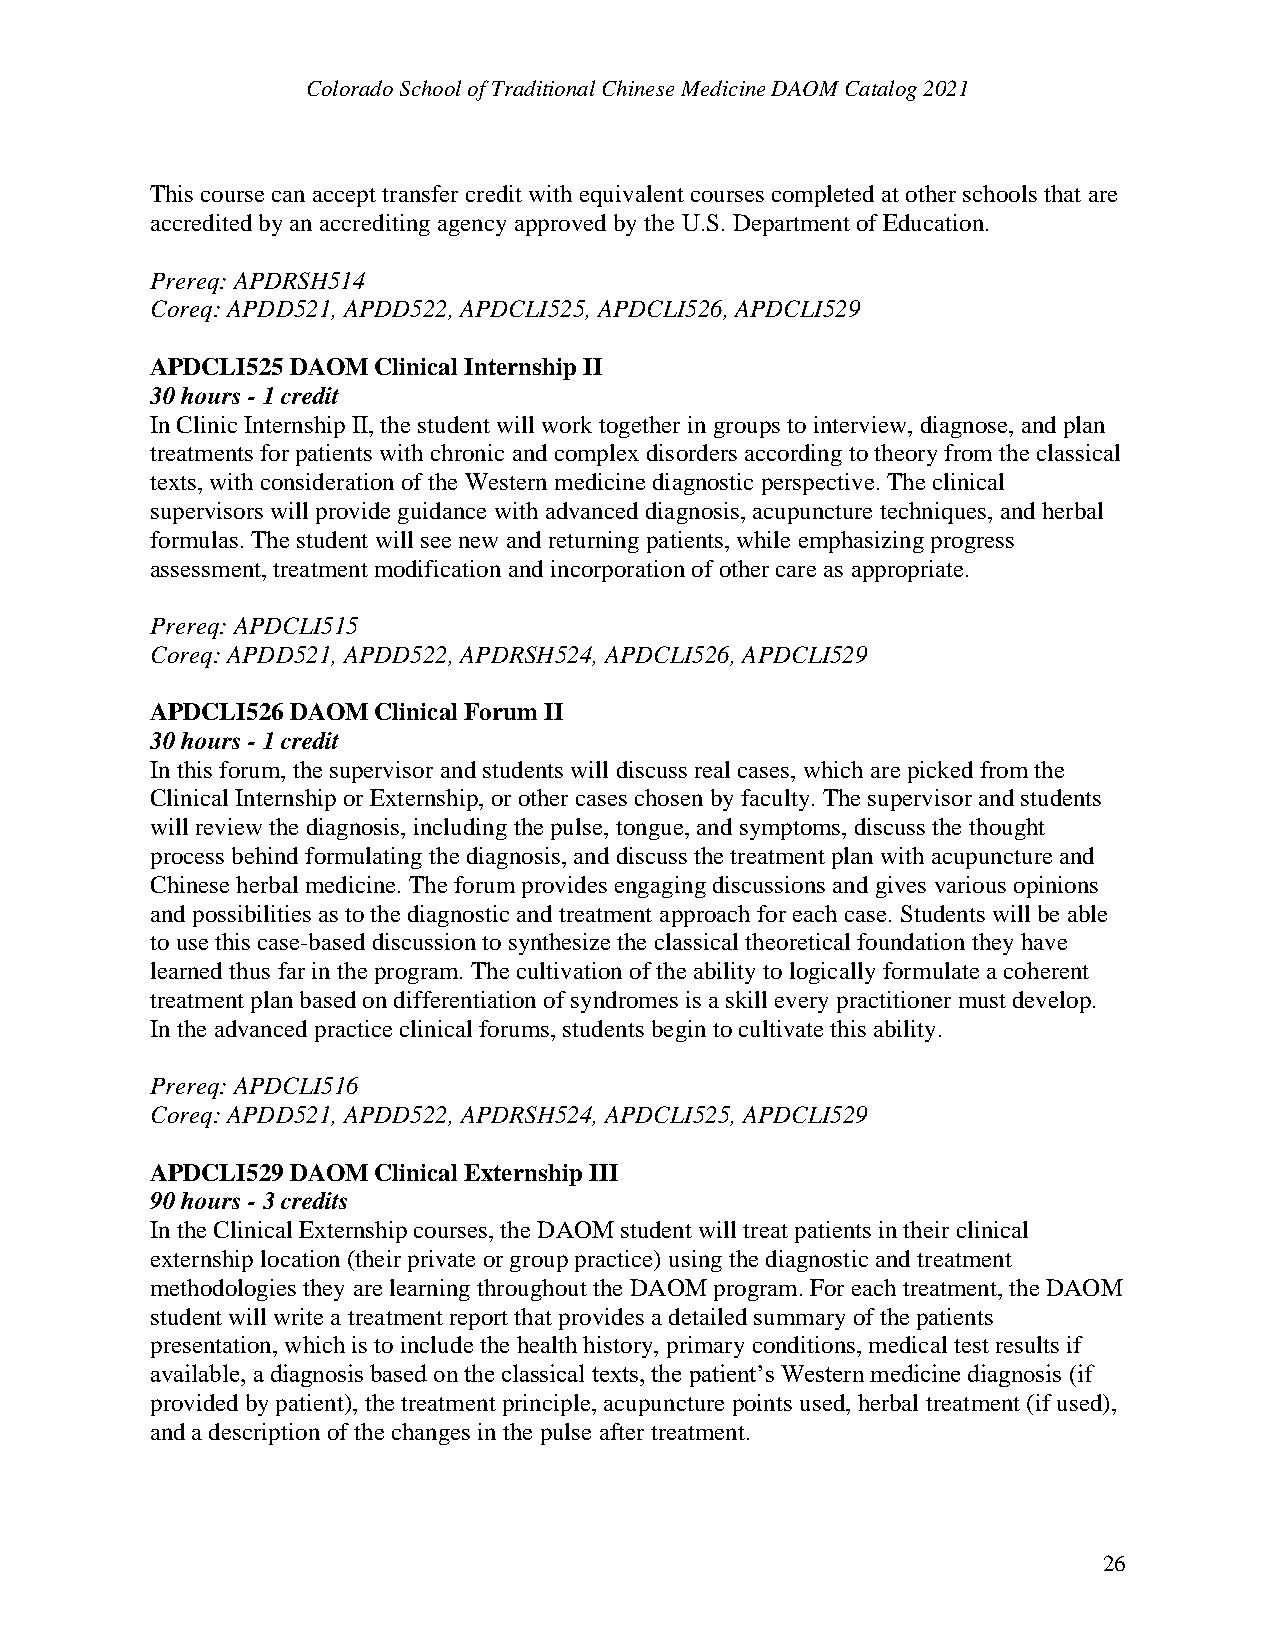
Colorado School of Traditional Chinese Medicine DAOM Catalog 2021
 This course can accept transfer credit with equivalent courses completed at other schools that are
 accredited by an accrediting agency approved by the U.S. Department of Education.
 Prereq: APDRSH514
 Coreq: APDD521, APDD522, APDCLI525, APDCLI526, APDCLI529
 APDCLI525 DAOM Clinical Internship II
 30 hours - 1 credit
 In Clinic Internship II, the student will work together in groups to interview, diagnose, and plan
 treatments for patients with chronic and complex disorders according to theory from the classical
 texts, with consideration of the Western medicine diagnostic perspective. The clinical
 supervisors will provide guidance with advanced diagnosis, acupuncture techniques, and herbal
 formulas. The student will see new and returning patients, while emphasizing progress
 assessment, treatment modification and incorporation of other care as appropriate.
 Prereq: APDCLI515
 Coreq: APDD521, APDD522, APDRSH524, APDCLI526, APDCLI529
 APDCLI526 DAOM Clinical Forum II
 30 hours - 1 credit
 In this forum, the supervisor and students will discuss real cases, which are picked from the
 Clinical Internship or Externship, or other cases chosen by faculty. The supervisor and students
 will review the diagnosis, including the pulse, tongue, and symptoms, discuss the thought
 process behind formulating the diagnosis, and discuss the treatment plan with acupuncture and
 Chinese herbal medicine. The forum provides engaging discussions and gives various opinions
 and possibilities as to the diagnostic and treatment approach for each case. Students will be able
 to use this case-based discussion to synthesize the classical theoretical foundation they have
 learned thus far in the program. The cultivation of the ability to logically formulate a coherent
 treatment plan based on differentiation of syndromes is a skill every practitioner must develop.
 In the advanced practice clinical forums, students begin to cultivate this ability.
 Prereq: APDCLI516
 Coreq: APDD521, APDD522, APDRSH524, APDCLI525, APDCLI529
 APDCLI529 DAOM Clinical Externship III
 90 hours - 3 credits
 In the Clinical Externship courses, the DAOM student will treat patients in their clinical
 externship location (their private or group practice) using the diagnostic and treatment
 methodologies they are learning throughout the DAOM program. For each treatment, the DAOM
 student will write a treatment report that provides a detailed summary of the patients
 presentation, which is to include the health history, primary conditions, medical test results if
 available, a diagnosis based on the classical texts, the patient’s Western medicine diagnosis (if
 provided by patient), the treatment principle, acupuncture points used, herbal treatment (if used),
 and a description of the changes in the pulse after treatment.
 26